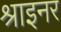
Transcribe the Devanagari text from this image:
श्राइनर